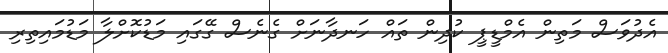
އެދުވަސް މަތިން އެމްޑީޕީ ކުދިން ތައް ހަނދާނަށް ގެނެސް ގޭގައި މަޑުކޮށްލާ މަޑުމައިިތިރި